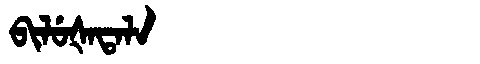
Manchu: ᠪᡳᠯᡠᡧᠠᡨᠠᠯᠠ
Romanization: BILUŠATALA